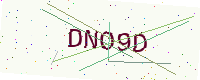
Text: DNO9D